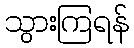
သွားကြရန်